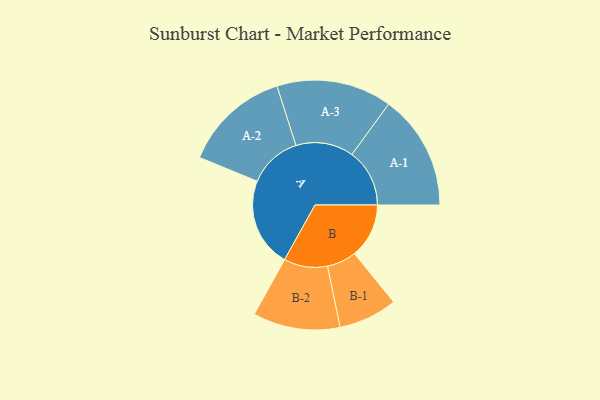
{"axis": {"x": "Segment", "y": "Value"}, "legend": ["", "A", "B"], "data": [{"x": "A", "y": 456, "type": ""}, {"x": "B", "y": 279, "type": ""}, {"x": "A-1", "y": 295, "type": "A"}, {"x": "A-2", "y": 273, "type": "A"}, {"x": "A-3", "y": 295, "type": "A"}, {"x": "B-1", "y": 150, "type": "B"}, {"x": "B-2", "y": 223, "type": "B"}]}